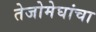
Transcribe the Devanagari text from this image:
तेजोमेघांचा